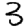
Digit: 3